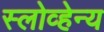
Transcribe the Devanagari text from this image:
स्लोव्हेन्य